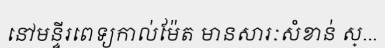
នៅមន្ទីរពេទ្យកាល់ម៉ែត មានសារៈសំខាន់ ស្...